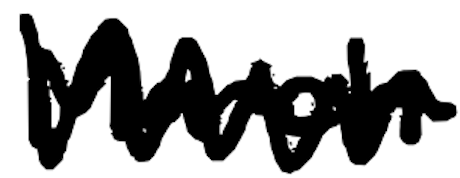
Text: March
Cross-out: mix
Writing tool: digital_black